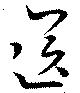
送